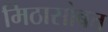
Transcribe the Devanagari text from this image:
मिठासोबत